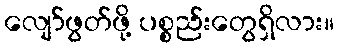
လျော်ဖွတ်ဖို့ ပစ္စည်းတွေရှိလား။